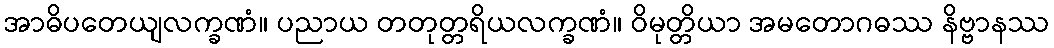
အာဓိပတေယျလက္ခဏံ။ ပညာယ တတုတ္တရိယလက္ခဏံ။ ဝိမုတ္တိယာ အမတောဂဓဿ နိဗ္ဗာနဿ